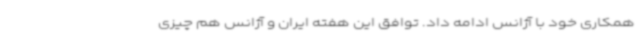
همکاری خود با آژانس ادامه داد. توافق این هفته ایران و آژانس هم چیزی